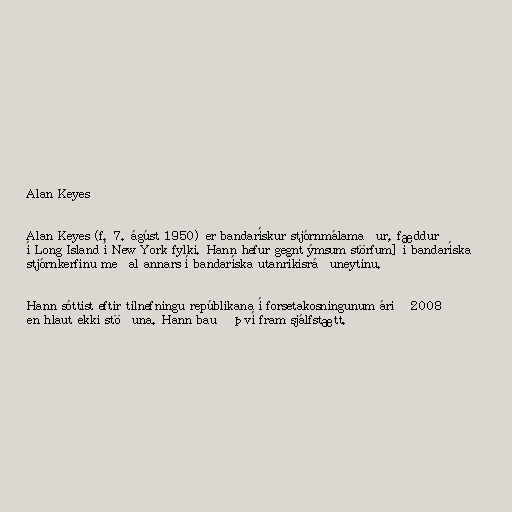
Alan Keyes

Alan Keyes (f. 7. ágúst 1950) er bandarískur stjórnmálamaður, fæddur
í Long Island í New York fylki. Hann hefur gegnt ýmsum störfum] í bandaríska
stjórnkerfinu meðal annars í bandaríska utanríkisráðuneytinu.

Hann sóttist eftir tilnefningu repúblikana í forsetakosningunum árið 2008
en hlaut ekki stöðuna. Hann bauð því fram sjálfstætt.